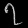
Digit: ၇